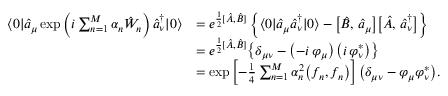
\begin{array} { r l } { \langle 0 | \hat { a } _ { \mu } \exp \left( i \sum _ { n = 1 } ^ { M } \alpha _ { n } \hat { W } _ { n } \right) \hat { a } _ { \nu } ^ { \dagger } | 0 \rangle } & { = e ^ { \frac { 1 } { 2 } [ \hat { A } , \hat { B } ] } \left\{ \langle 0 | \hat { a } _ { \mu } \hat { a } _ { \nu } ^ { \dagger } | 0 \rangle - \bigl [ \hat { B } , \, \hat { a } _ { \mu } \bigr ] \bigl [ \hat { A } , \, \hat { a } _ { \nu } ^ { \dagger } \bigr ] \right\} } \\ & { = e ^ { \frac { 1 } { 2 } [ \hat { A } , \hat { B } ] } \bigl \{ \delta _ { \mu \nu } - \left( - i \, \varphi _ { \mu } \right) \left( i \, \varphi _ { \nu } ^ { * } \right) \bigr \} } \\ & { = \exp \left[ - \frac { 1 } { 4 } \sum _ { n = 1 } ^ { M } \alpha _ { n } ^ { 2 } \bigl ( f _ { n } , f _ { n } \bigr ) \right] \bigl ( \delta _ { \mu \nu } - \varphi _ { \mu } \varphi _ { \nu } ^ { * } \bigr ) . } \end{array}